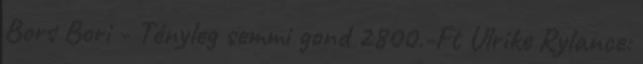
Bors Bori - Tényleg semmi gond 2800.-Ft Ulrike Rylance: